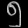
Digit: ၅